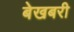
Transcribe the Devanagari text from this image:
बेखबरी